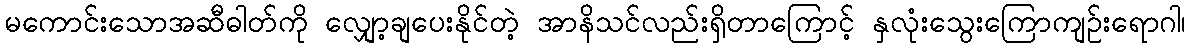
မကောင်းသောအဆီဓါတ်ကို လျှော့ချပေးနိုင်တဲ့ အာနိသင်လည်းရှိတာကြောင့် နှလုံးသွေးကြောကျဉ်းရောဂါ၊